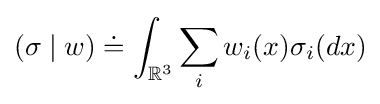
(\sigma \mid w)\doteq \int _{\mathbb {R} ^{3}}\sum _{i}w_{i}(x)\sigma _{i}(dx)